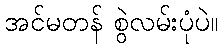
အင်မတန် စွဲလမ်းပုံပဲ။